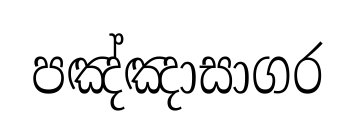
පඤ්ඤාසාගර